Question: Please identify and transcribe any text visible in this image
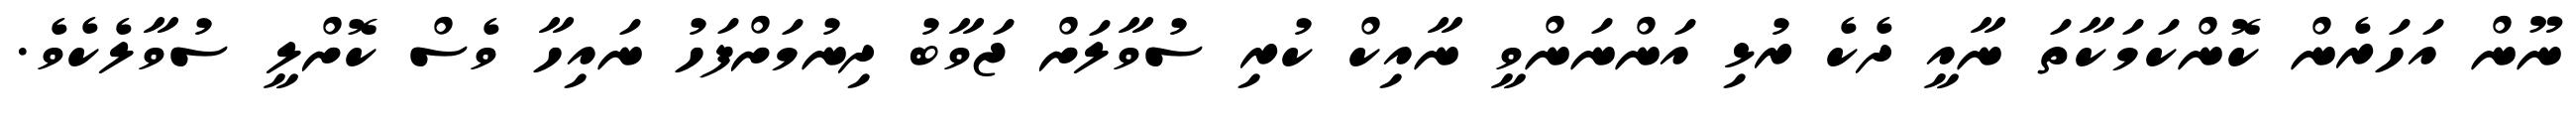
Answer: ނޫން އަހަރެން ކޮންކަމަކާތަ ނާއީ ދެކެ ރުޅި އަންނަންވީ ނާއިކް ކުރި ސުވާލަށް ޖަވާބު ދިނުމަށްފަހު ނައިހާ ވެސް ކޮށްލީ ސުވާލެކެވެ.